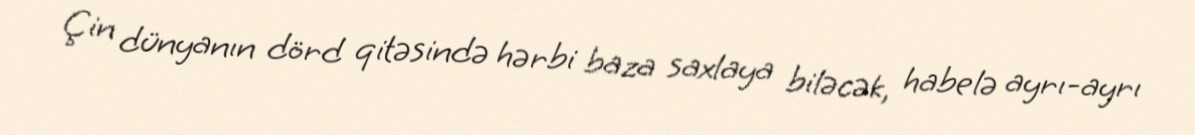
Çin dünyanın dörd qitəsində hərbi baza saxlaya biləcək, habelə ayrı-ayrı